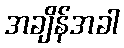
အချိန်အခါ